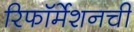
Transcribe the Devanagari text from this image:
रिफॉर्मेशनची